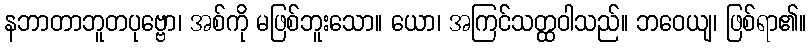
နဘာတာဘူတပုဗ္ဗော၊ အစ်ကို မဖြစ်ဘူးသော။ ယော၊ အကြင်သတ္ထဝါသည်။ ဘဝေယျ၊ ဖြစ်ရာ၏။